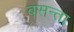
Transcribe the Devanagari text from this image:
बसन्ता